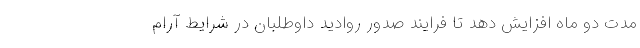
مدت دو ماه افزایش دهد تا فرایند صدور روادید داوطلبان در شرایط آرام